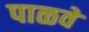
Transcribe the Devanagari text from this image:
पाळवे